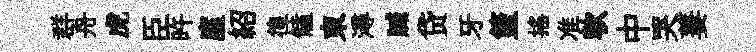
群舟虎臣旿廑紹徨饁東潯贓贷牙籃摇准軟中哭萋